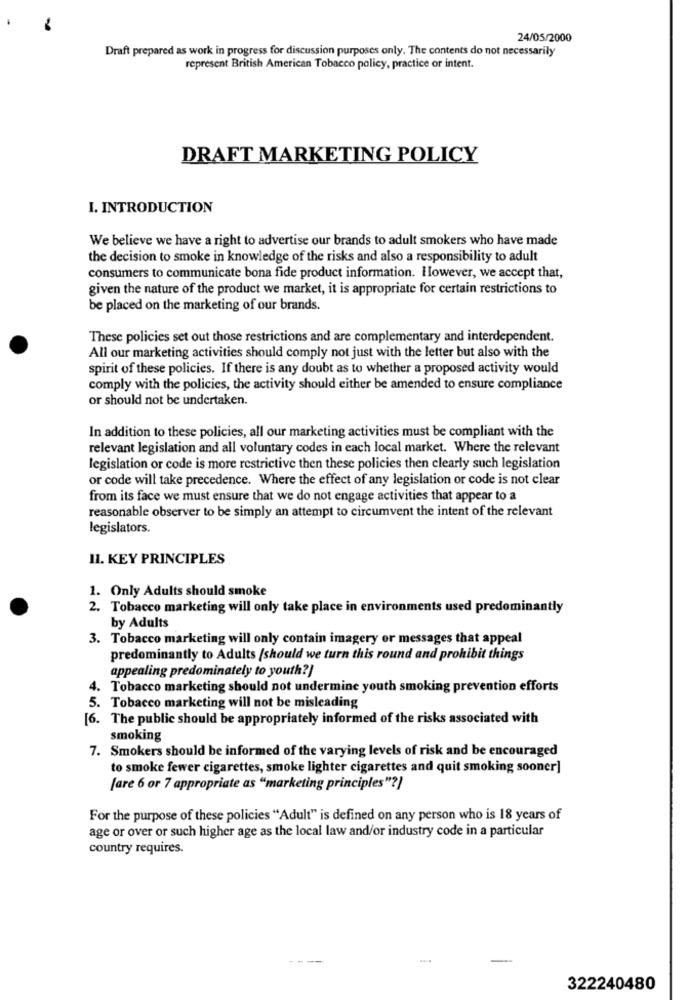
24/05/2000
Draft prepared as work in progress for discussion purposes only. The contents do not necessarily
represent British American Tobacco policy, practice or intent.
DRAFT MARKETING POLICY
I. INTRODUCTION
We believe we have a right to advertise our brands to adult smokers who have made
the decision to smoke in knowledge of the risks and also a responsibility to adult
consumers to communicate bona fide product information. However, we accept that,
given the nature of the product we market, it is appropriate for certain restrictions to
be placed on the marketing of our brands.
These policies set out those restrictions and are complementary and interdependent.
All our marketing activities should comply not just with the letter but also with the
spirit of these policies. If there is any doubt as to whether a proposed activity would
comply with the policies, the activity should either be amended to ensure compliance
or should not be undertaken.
In addition to these policies, all our marketing activities must be compliant with the
relevant legislation and all voluntary codes in each local market. Where the relevant
legislation or code is more restrictive then these policies then clearly such legislation
or code will take precedence. Where the effect of any legislation or code is not clear
from its face we must ensure that we do not engage activities that appear to a
reasonable observer to be simply an attempt to circumvent the intent of the relevant
legislators.
II. KEY PRINCIPLES
1. Only Adults should smoke
2. Tobacco marketing will only take place in environments used predominantly
by Adults
3. Tobacco marketing will only contain imagery or messages that appeal
predominantly to Adults /should we turn this round and prohibit things
appealing predominately to youth?]
4. Tobacco marketing should not undermine youth smoking prevention efforts
5. Tobacco marketing will not be misleading
[6. The public should be appropriately informed of the risks associated with
smoking
7. Smokers should be informed of the varying levels of risk and be encouraged
to smoke fewer cigarettes, smoke lighter cigarettes and quit smoking sooner]
[are 6 or 7 appropriate as "marketing principles"?]
For the purpose of these policies "Adult" is defined on any person who is 18 years of
age or over or such higher age as the local law and/or industry code in a particular
country requires.
322240480